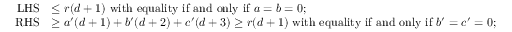
\begin{array} { r l } { \mathrm { L H S } } & { \leq r ( d + 1 ) \mathrm { ~ w i t h ~ e q u a l i t y ~ i f ~ a n d ~ o n l y ~ i f ~ } a = b = 0 ; } \\ { \mathrm { R H S } } & { \geq a ^ { \prime } ( d + 1 ) + b ^ { \prime } ( d + 2 ) + c ^ { \prime } ( d + 3 ) \geq r ( d + 1 ) \mathrm { ~ w i t h ~ e q u a l i t y ~ i f ~ a n d ~ o n l y ~ i f ~ } b ^ { \prime } = c ^ { \prime } = 0 ; } \end{array}